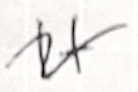
Text: It
Cross-out: wave
Writing tool: ballpoint